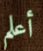
أعلم